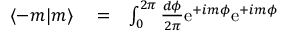
\begin{array} { r l r } { \langle - m | m \rangle } & { { } = } & { \int _ { 0 } ^ { 2 \pi } \frac { d \phi } { 2 \pi } \mathrm { e } ^ { + i m \phi } \mathrm { e } ^ { + i m \phi } } \end{array}